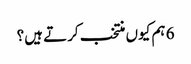
6 ہم کیوں منتخب کرتے ہیں؟